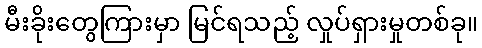
မီးခိုးတွေကြားမှာ မြင်ရသည့် လှုပ်ရှားမှုတစ်ခု။